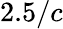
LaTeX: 2.5/c